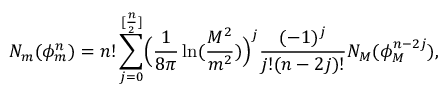
N _ { m } ( \phi _ { m } ^ { n } ) = n ! \sum _ { j = 0 } ^ { [ \frac { n } { 2 } ] } \Bigl ( \frac { 1 } { 8 \pi } \ln ( \frac { M ^ { 2 } } { m ^ { 2 } } ) \Bigr ) ^ { j } \frac { ( - 1 ) ^ { j } } { j ! ( n - 2 j ) ! } N _ { M } ( \phi _ { M } ^ { n - 2 j } ) ,